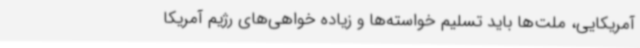
آمریکایی، ملت‌ها باید تسلیم خواسته‌ها و زیاده‌ خواهی‌های رژیم آمریکا